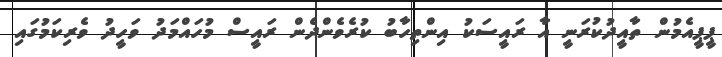
ޕީޕީއެމުން ތާއީދުކުރަނީ އާ ރައީސަކު އިންތިހާބު ކުރެވެންދެން ރައީސް މުހައްމަދު ވަހީދު ވެރިކަމުގައި